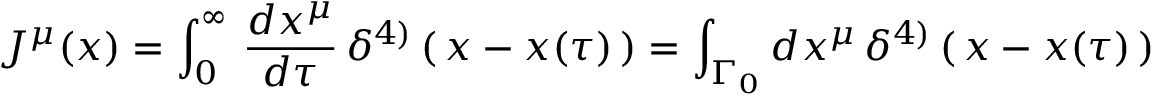
J ^ { \mu } ( x ) = \int _ { 0 } ^ { \infty } \, { \frac { d x ^ { \mu } } { d \tau } } \, \delta ^ { 4 ) } \left( \, x - x ( \tau ) \, \right) = \int _ { \Gamma _ { 0 } } d x ^ { \mu } \, \delta ^ { 4 ) } \left( \, x - x ( \tau ) \, \right)